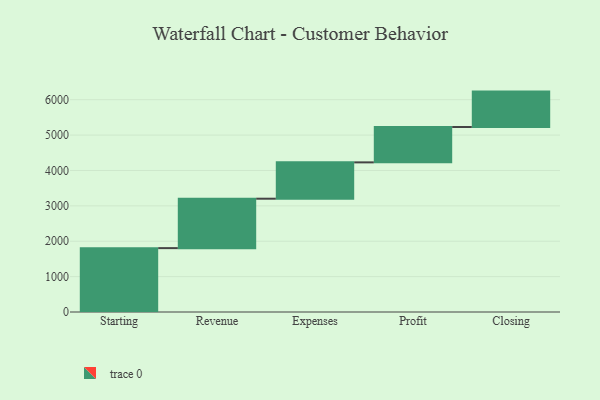
{"axis": {"x": "Step", "y": "Value"}, "legend": [""], "data": [{"x": "Starting", "y": 1805.0, "type": ""}, {"x": "Revenue", "y": 1397.0, "type": ""}, {"x": "Expenses", "y": 1027.0, "type": ""}, {"x": "Profit", "y": 1000, "type": ""}, {"x": "Closing", "y": 1000, "type": ""}]}